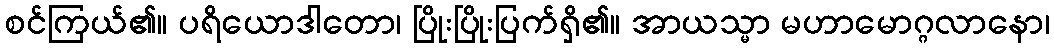
စင်ကြယ်၏။ ပရိယောဒါတော၊ ပြိုးပြိုးပြက်ရှိ၏။ အာယသ္မာ မဟာမောဂ္ဂလာနော၊